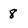
Character: 8